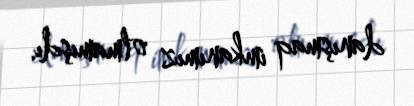
danışmaq imkanımız olmamışdı.